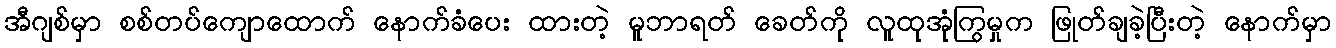
အီဂျစ်မှာ စစ်တပ်ကျောထောက် နောက်ခံပေး ထားတဲ့ မူဘာရတ် ခေတ်ကို လူထုအုံကြွမှုက ဖြုတ်ချခဲ့ပြီးတဲ့ နောက်မှာ